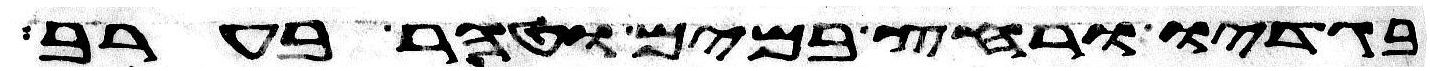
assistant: בגדיו ורחץ במים וטהר בערב